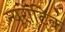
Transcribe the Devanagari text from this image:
न्यूरॉटिक